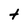
Character: t